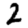
Digit: 2